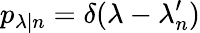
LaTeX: p_{\lambda|n}=\delta(\lambda-\lambda_{n}^{\prime})